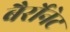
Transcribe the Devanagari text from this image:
बैर्रोनेट